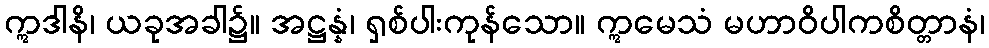
ဣဒါနိ၊ ယခုအခါ၌။ အဋ္ဌန္နံ၊ ရှစ်ပါးကုန်သော။ ဣမေသံ မဟာဝိပါကစိတ္တာနံ၊